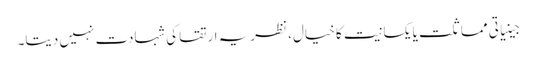
جینیاتی مماثلت یا یکسانیت کا خیال، نظریہ ارتقا کی شہادت نہیں دیتا۔